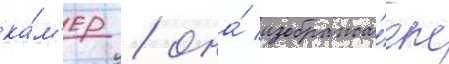
ка́м'ер / она́ изобража́ет